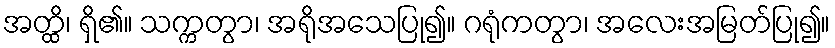
အတ္ထိ၊ ရှိ၏။ သက္ကတွာ၊ အရိုအသေပြု၍။ ဂရုံကတွာ၊ အလေးအမြတ်ပြု၍။